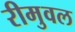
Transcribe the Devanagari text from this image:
रीमुवल